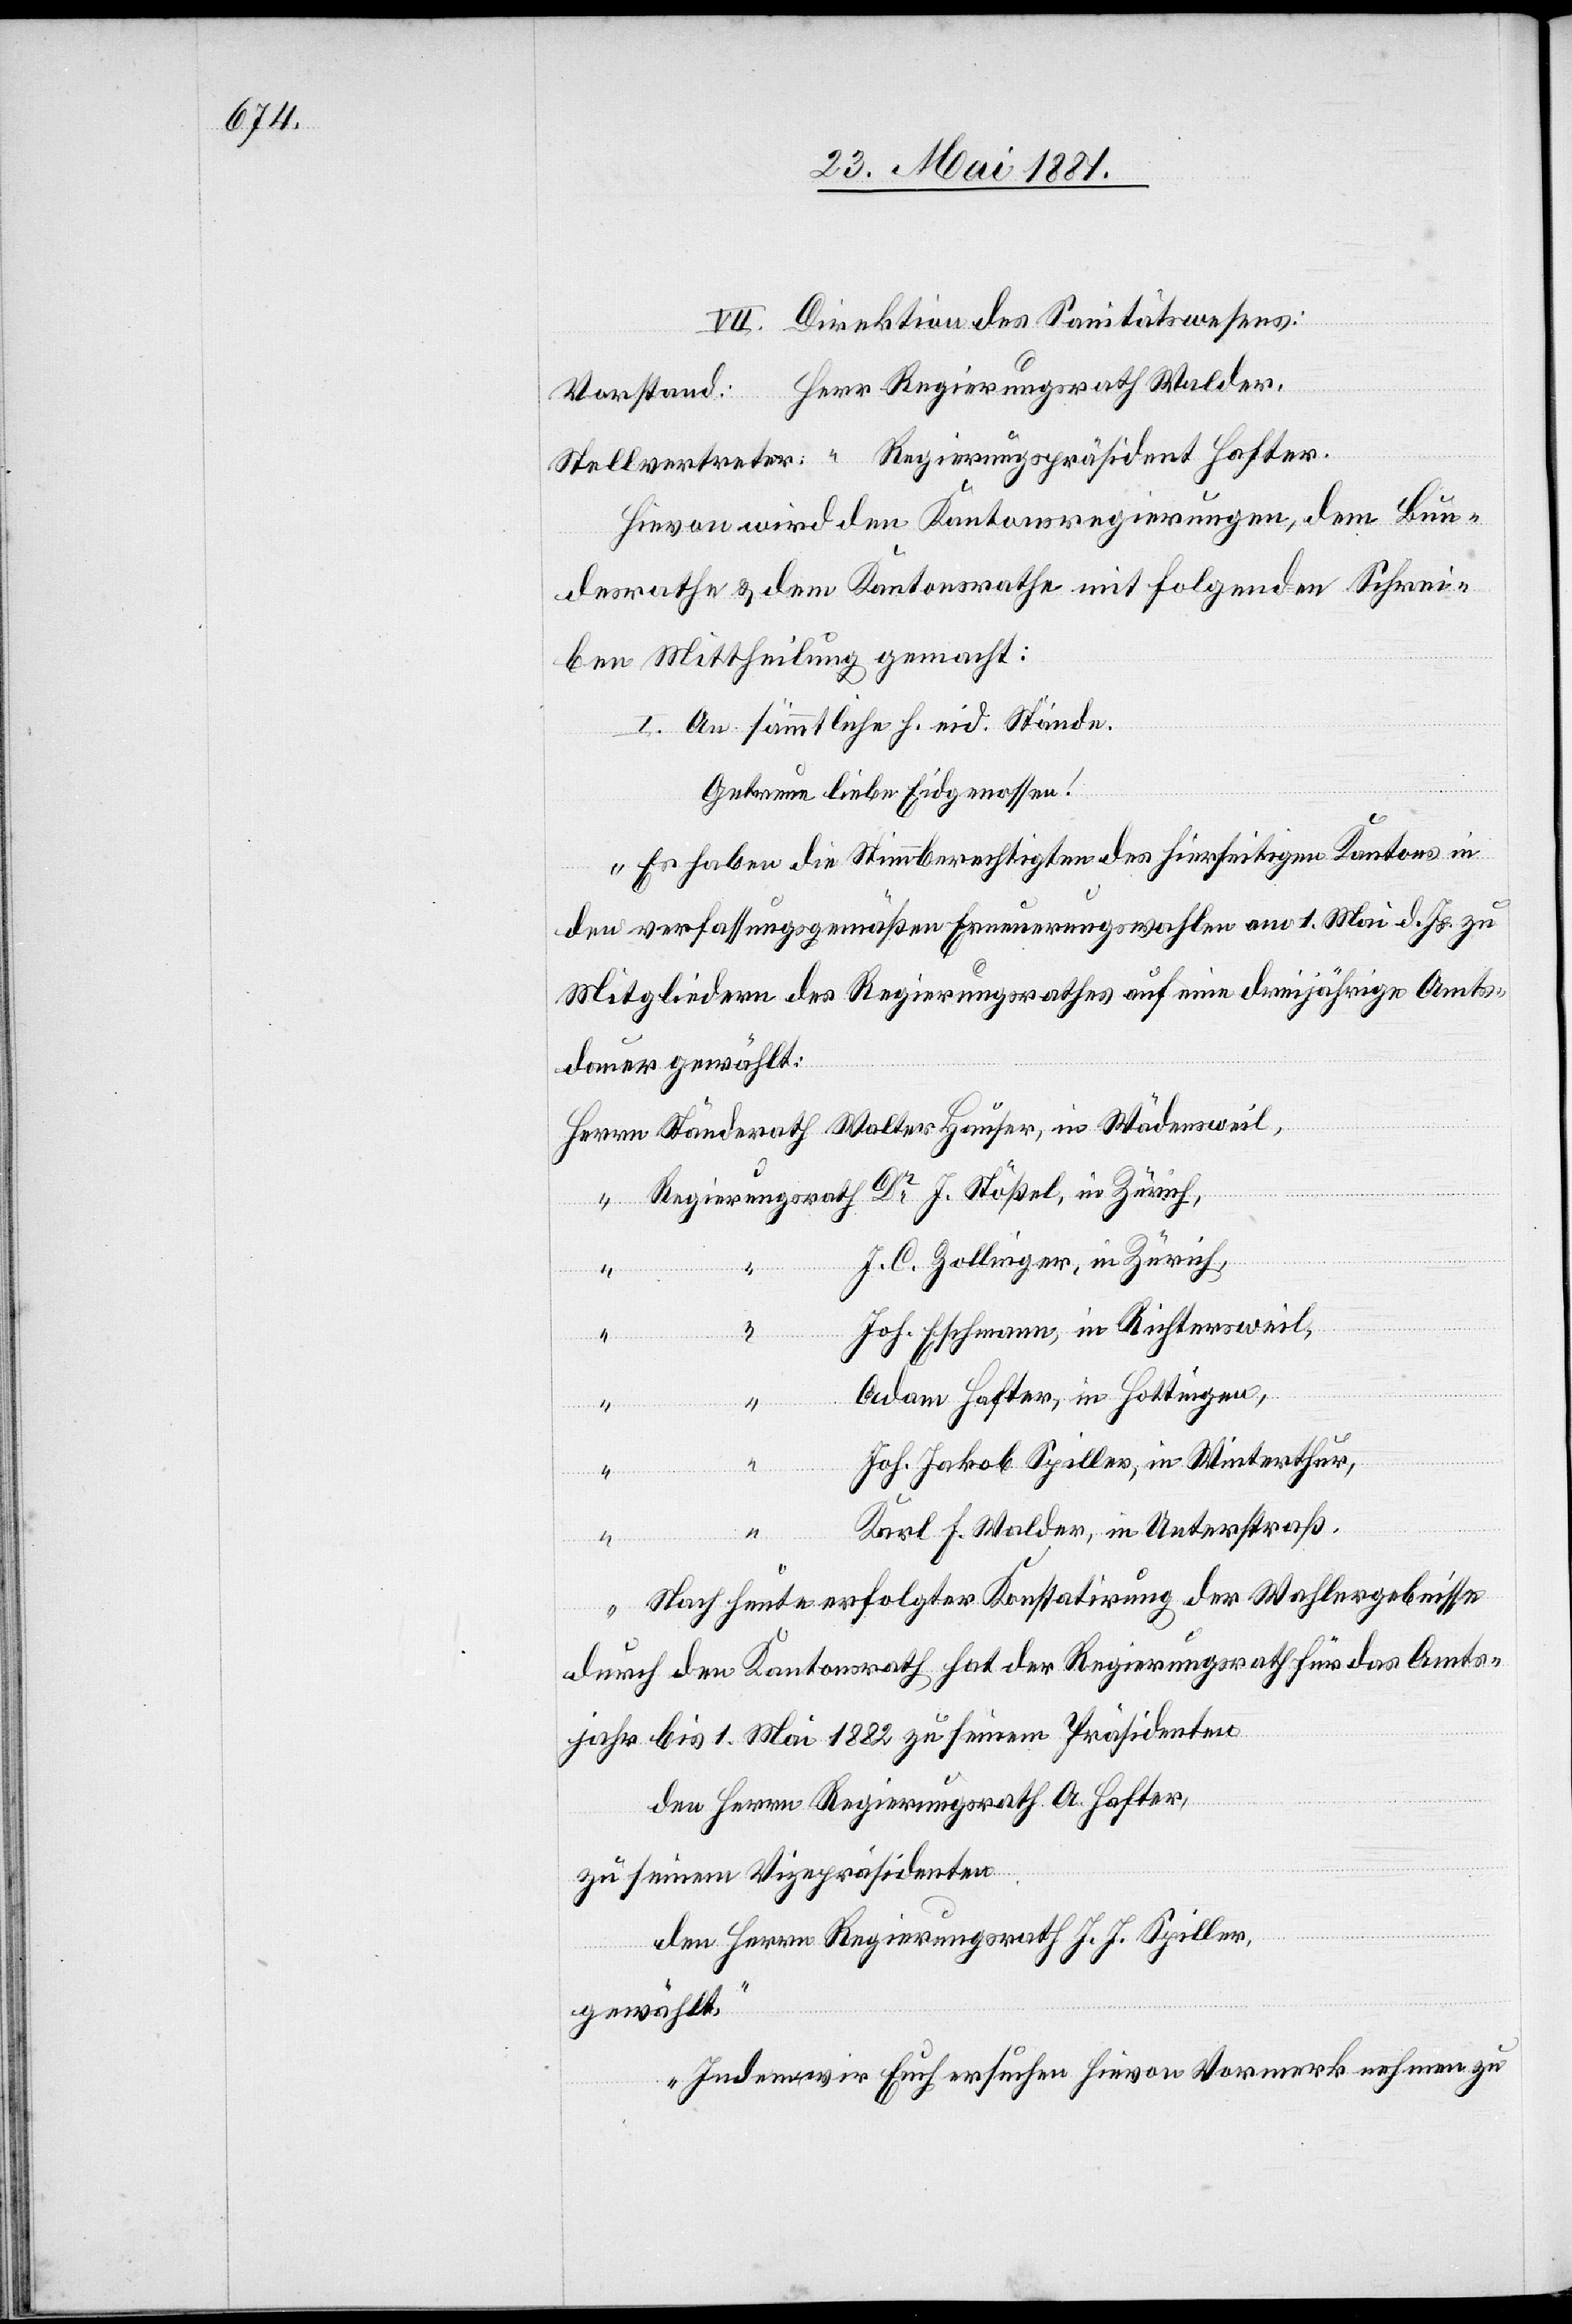
VII. Direktion des Sanitätswesens:
Hievon wird den Kantonsregierungen, dem Bun¬
desrath & dem Kantonsrathe mit folgenden Schrei¬
ben Mittheilung gemacht:
I. An sämmtliche h. eid. Stände.
Getreue liebe Eidgenossen!
„Es haben die Stimmberechtigten des hierseitigen Kantons in
den verfassungsgemäßen Erneuerungswahlen am 1. Mai d. Js. zu
Mitgliedern des Regierungsrathes auf eine dreijährige Amts¬
dauer gewählt:
rich,
J. C. Zollinger, in Zürich,
Joh. Eschmann, in Richtersweil
Adam Hafter, in Hottingen,
Stößel, in
Zü¬
Joh. Jakob Spiller, in Winterthur,
Karl F. Walder, in Unterstraß.
gierung¬
Nach heute erfolgter Konstatirung der Wahlergebnisse
Dr J.
durch den Kantonsrath hat der Regierungsrath für das Amts¬
jahr bis 1. Mai 1882 zu seinem Präsidenten
den Herrn Regierungsrath A. Hafter,
zu seinem Vizepräsidenten
den Herrn Regierungsrath J. J. Spiller,
gewählt.
Indem wir Euch ersuchen hievon Vormerkt nehmen zu